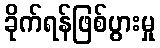
ခိုက်ရန်ဖြစ်ပွားမှု